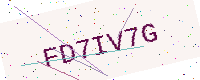
Text: FD7IV7G